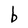
Character: b